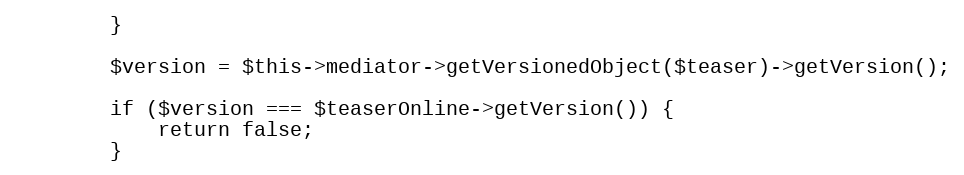
Language: PHP
        }

        $version = $this->mediator->getVersionedObject($teaser)->getVersion();

        if ($version === $teaserOnline->getVersion()) {
            return false;
        }